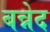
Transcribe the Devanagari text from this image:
बन्नेद